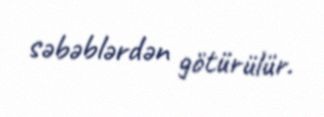
səbəblərdən götürülür.